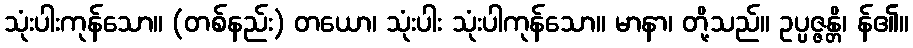
သုံးပါးကုန်သော။ (တစ်နည်း) တယော၊ သုံးပါး သုံးပါကုန်သော။ မာနာ၊ တို့သည်။ ဥပ္ပဇ္ဇန္တိ၊ န်၏။